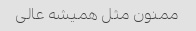
ممنون مثل همیشه عالی